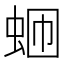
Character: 𬠄